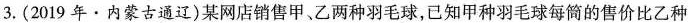
3.(2019年·内蒙古通辽)某网店销售甲、乙两种羽毛球，已知甲种羽毛球每筒的售价比乙种